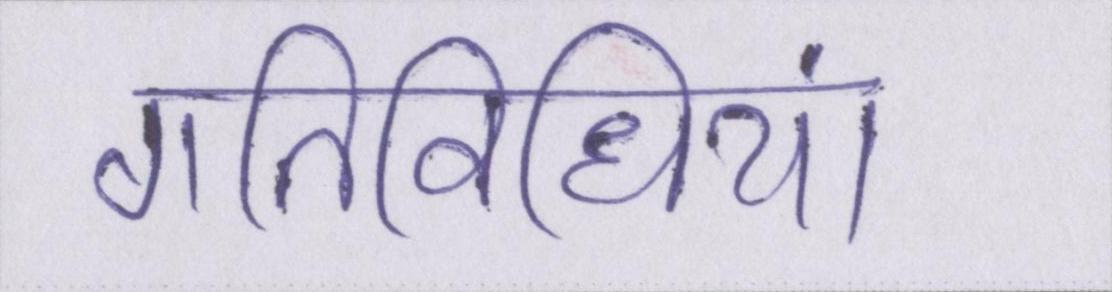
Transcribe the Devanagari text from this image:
गतिविधियां